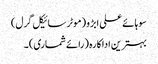
سوہائے علی ابڑو (موٹر سائیکل گرل)
بہترین اداکارہ (رائے شماری) ۔